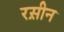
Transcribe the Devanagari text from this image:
रस़ीन